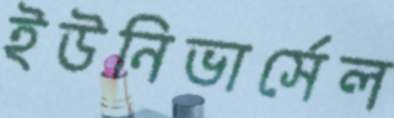
ইউনিভার্সেল